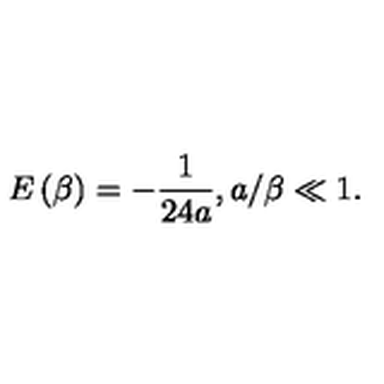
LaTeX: E \left( \beta \right) = - \frac { 1 } { 2 4 a } , a / \beta \ll 1 .